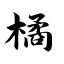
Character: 橘